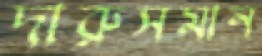
দারুসমান